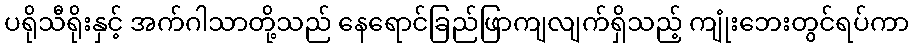
ပရိုသီရိုးနှင့် အက်ဂါသာတို့သည် နေရောင်ခြည်ဖြာကျလျက်ရှိသည့် ကျုံးဘေးတွင်ရပ်ကာ